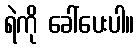
ရဲကို ခေါ်ပေးပါ။